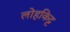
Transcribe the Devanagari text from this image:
लोहकिट्ट